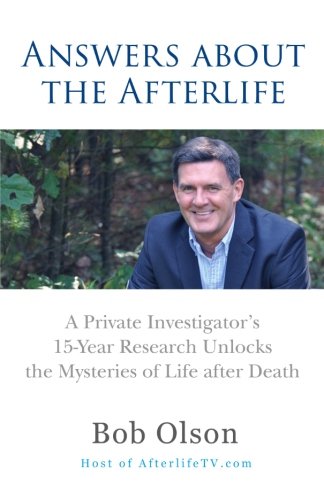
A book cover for Answers about the Afterlife: A Private Investigator's 15-Year Research Unlocks the Mysteries of Life after Death; Bob Olson; Self-Help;